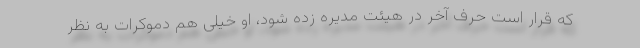
که قرار است حرف آخر در هیئت مدیره زده شود، او خیلی هم دموکرات به نظر